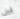
قبل